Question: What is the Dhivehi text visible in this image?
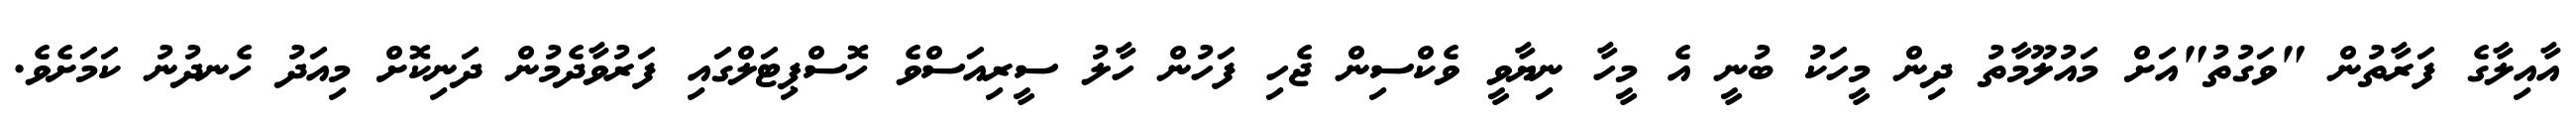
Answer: އާއިލާގެ ފަރާތުން "ވަގުތު"އަށް މައުލޫމާތު ދިން މީހަކު ބުނީ އެ މީހާ ނިޔާވީ ވެކްސިން ޖެހި ފަހުން ހާލު ސީރިއަސްވެ ހޮސްޕިޓަލްގައި ފަރުވާދެމުން ދަނިކޮށް މިއަދު ހެނދުނު ކަމަށެވެ.